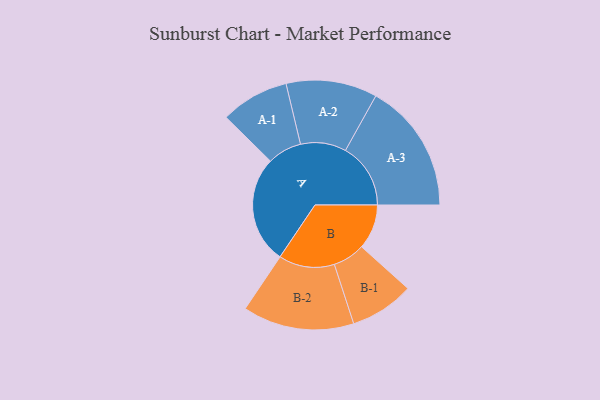
{"axis": {"x": "Segment", "y": "Value"}, "legend": ["", "A", "B"], "data": [{"x": "A", "y": 456, "type": ""}, {"x": "B", "y": 190, "type": ""}, {"x": "A-1", "y": 145, "type": "A"}, {"x": "A-2", "y": 193, "type": "A"}, {"x": "A-3", "y": 276, "type": "A"}, {"x": "B-1", "y": 136, "type": "B"}, {"x": "B-2", "y": 236, "type": "B"}]}